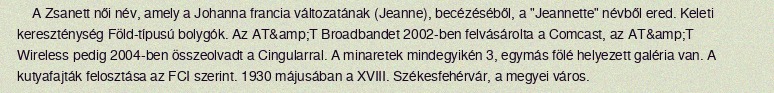
A Zsanett női név, amely a Johanna francia változatának (Jeanne), becézéséből, a "Jeannette" névből ered. Keleti kereszténység Föld-típusú bolygók. Az AT&amp;T Broadbandet 2002-ben felvásárolta a Comcast, az AT&amp;T Wireless pedig 2004-ben összeolvadt a Cingularral. A minaretek mindegyikén 3, egymás fölé helyezett galéria van. A kutyafajták felosztása az FCI szerint. 1930 májusában a XVIII. Székesfehérvár, a megyei város.